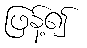
ဖြန့်၍